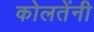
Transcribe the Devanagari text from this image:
कोलतेंनी